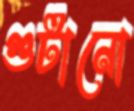
গুটানো